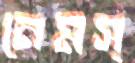
নেমস্